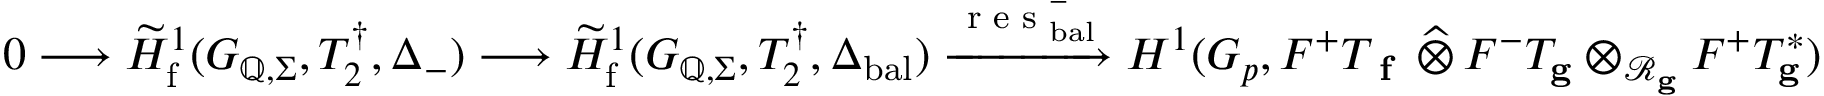
0 \longrightarrow \widetilde { H } _ { \mathrm { f } } ^ { 1 } ( G _ { \mathbb { Q } , \Sigma } , T _ { 2 } ^ { \dagger } , \Delta _ { - } ) \longrightarrow \widetilde { H } _ { \mathrm { f } } ^ { 1 } ( G _ { \mathbb { Q } , \Sigma } , T _ { 2 } ^ { \dagger } , \Delta _ { \mathrm { b a l } } ) \xrightarrow { \textup { r e s } _ { \mathrm { b a l } } ^ { - } } { H } ^ { 1 } ( G _ { p } , F ^ { + } T _ { \textup { \bf f } } \, \widehat \otimes \, F ^ { - } T _ { \mathbf { g } } \otimes _ { \mathcal { R } _ { \mathbf { g } } } F ^ { + } T _ { \mathbf { g } } ^ { * } )